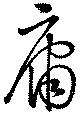
庸